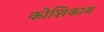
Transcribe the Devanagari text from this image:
कोशिकाय